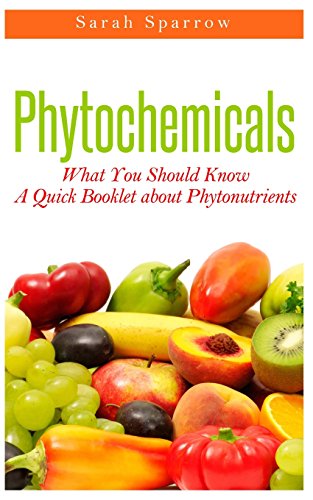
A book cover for Phytochemicals: What You Should Know - A Quick Booklet about Phytonutrients; Sarah Sparrow; Health, Fitness & Dieting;